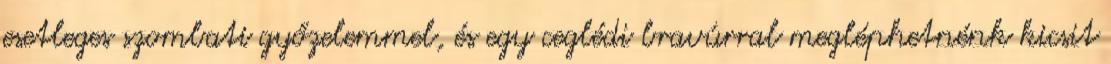
esetleges szombati győzelemmel, és egy ceglédi bravúrral megléphetnénk kicsit